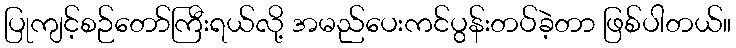
ပြုကျင့်စဉ်တော်ကြီးရယ်လို့ အမည်ပေးကင်ပွန်းတပ်ခဲ့တာ ဖြစ်ပါတယ်။